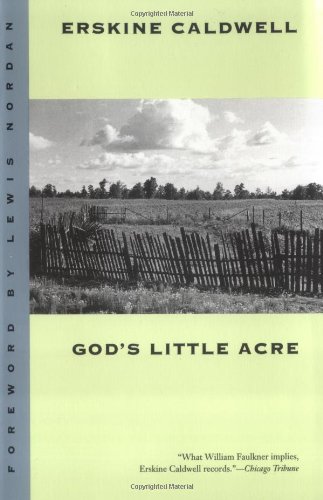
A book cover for God's Little Acre (Brown Thrasher Books); Erskine Caldwell; Politics & Social Sciences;